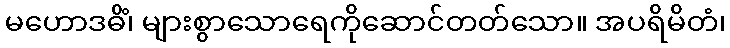
မဟောဒဓိံ၊ များစွာသောရေကိုဆောင်တတ်သော။ အပရိမိတံ၊